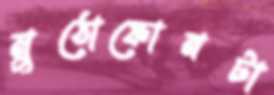
মুঠোফোনটা